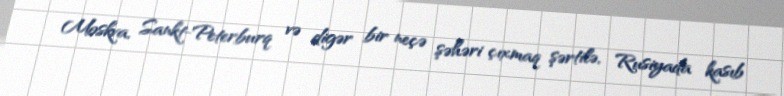
Moskva, Sankt-Peterburq və digər bir neçə şəhəri çıxmaq şərtilə, Rusiyada kasıb